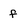
Character: f